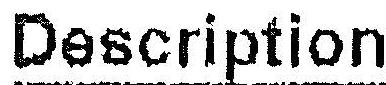
DESCRIPTION